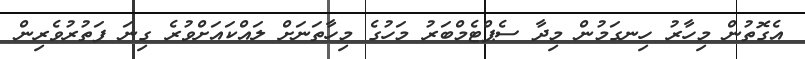
އެގޮތުން މިހާރު ހިނގަމުން މިދާ ސެޕްޓެމްބަރު މަހުގެ މިހާތަނަށް ލައްކައަށްވުރެ ގިނަ ފަތުރުވެރިން